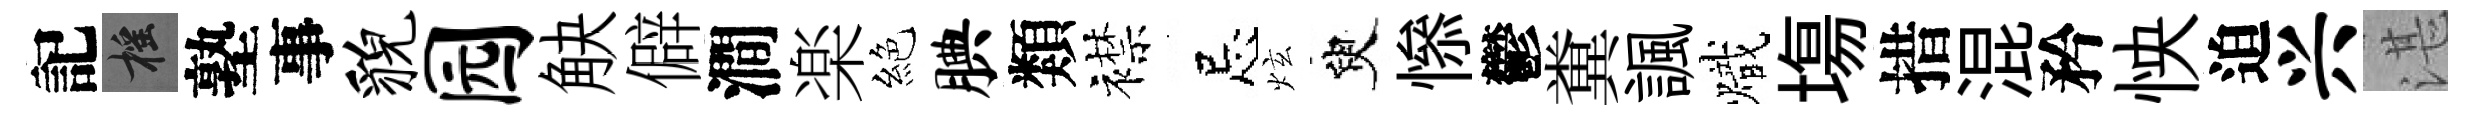
記摇塾事貌园觖僻澗楽絕腆類襟忌炫臾𢡖鬱糞諷熾塲措混矜怏迫兴湛